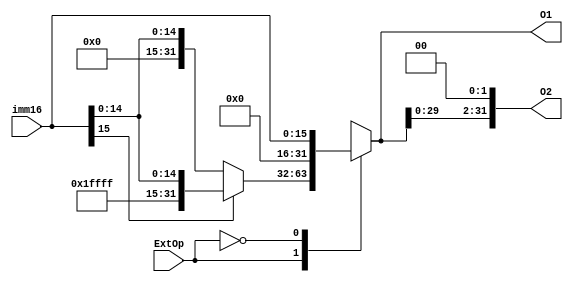
`timescale 1ns / 1ps
//////////////////////////////////////////////////////////////////////////////////
// Company: 
// Engineer: 
// 
// Design Name: 
// Module Name: Extend
// Project Name: 
// Target Devices: 
// Tool Versions: 
// Description: 
// 
// Dependencies: 
// 
// Revision:
// Revision 0.01 - File Created
// Additional Comments:
// 
//////////////////////////////////////////////////////////////////////////////////


module Extend(
input [15:0] imm16,
input ExtOp,
output reg [31:0] O1,
output [31:0] O2
    );
    always@(*)
    begin
        case(ExtOp)
        1'b1:begin if(imm16[15]) O1={16'hffff,imm16};else O1={16'h0000,imm16};   end
        1'b0:O1={16'h0000,imm16};
        endcase
    end
    assign O2=O1<<2;
endmodule